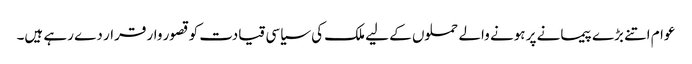
عوام اتنے بڑے پیمانے پر ہونے والے حملوں کے لیے ملک کی سیاسی قیادت کو قصور وار قرار دے رہے ہیں۔